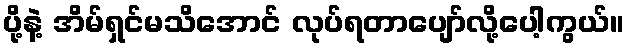
ပို့နဲ့ အိမ်ရှင်မသိအောင် လုပ်ရတာပျော်လို့ပေါ့ကွယ်။